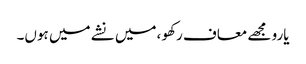
یارو مجھے معاف رکھو ،میں نشے میں ہوں۔